Vaccination in the Punjab 1883-1896 - 1883-1896
Year: 1883
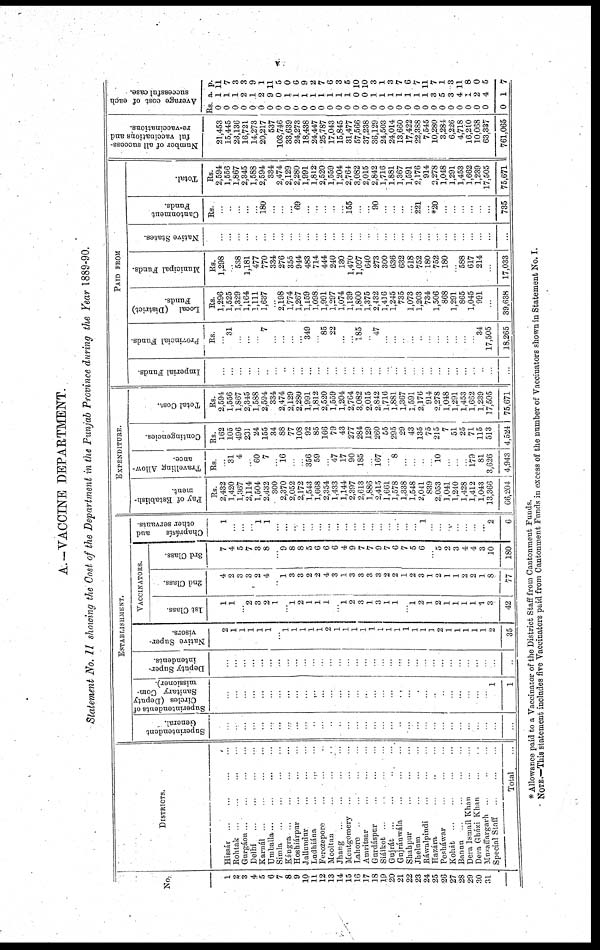
v
A.—VACCINE DEPARTMENT.
Statement No. 11 showing the Cost of the Department in the Punjab Province during the Year 1889-90.
No.
1
2
3
4
5
6
7
8
9
10
11
12
13
14
15
16
17
18
19
20
21
22
23
24
25
26
27
28
29
30
31
DISTRICTS.
Hissár ... ... ... ...
Rohtak ... ... ... ...
Gurgáon ... ... ... ...
Delhi ... ... ... ...
Karnál ... ... ... ...
Umballa... ... ... ...
Simla ... ... ... ...
Kángra ... ... ... ...
Hoshiárpur ... ... ...
Jallundur
...
...
...
Ludhiána ... ... ...
Ferozepore ... ... ...
Mooltan ... ... ...
Jhang ... ... ... ...
Montgomery ... ... ...
Lahore ... ... ...
Amritsar ... ... ...
Gnrdáspur ... ... ...
Siálkot ... ... ...
Gujrát ... ... ...
Gujránwála ... ... ...
Shahpur
...
...
...
Jhelum ... ... ...
Ráwalpindi ... ... ...
Hazára ... ... ...
Pesháwar ... ... ...
Kohát ... ... ...
Bannu ... ... ...
Dera Ismail Khan ... ...
Dera Gházi Khan ... ...
Muzaffargarh ... ... ...
Special Staff ... ...
Total ...
ESTABLISHMENT.
Superintendent
General.
...
...
...
...
...
...
...
...
...
...
...
...
...
...
...
...
...
...
...
...
...
...
...
...
...
...
...
...
...
...
...
...
...
Superintendents of
Circles (Deputy
Sanitary Com-
missioner).
...
...
...
...
...
...
...
...
...
...
...
...
...
...
...
...
...
...
...
...
...
...
...
...
...
...
...
...
...
...
...
1
1
Deputy Super-
intendents.
...
...
...
...
...
...
...
...
...
...
...
...
...
...
...
...
...
...
...
...
...
...
...
...
...
...
...
...
...
...
...
...
...
Native Super-
visors.
2
1
1
1
1
1
...
1
1
1
1
1
2
1
1
1
1
1
1
1
1
1
1
1
1
2
1
1
1
1
1
2
35
VACCINATORS.
1st Class.
1
1
...
2
3
2
1
...
1
2
1
1
1
...
1
2
3
1
3
1
1
...
1
...
1
2
1
1
1
1
1
3
42
2nd Class.
4
2
3
3
2
4
...
1
3
3
2
2
4
3
1
3
3
3
3
2
2
1
2
3
1
2
1
1
2
2
1
8
77
3rd Class
7
4
5
7
3
8
...
9
8
8
5
6
6
6
4
9
7
7
9
7
6
7
5
6
...
5
2
3
4
4
3
10
180
Chaprásís
and
other servants
1
...
...
...
1
1
...
...
...
...
...
...
...
...
...
...
...
...
...
...
...
...
...
1
...
...
...
...
...
...
...
2
6
EXPENDITURE.
Pay of Establish-
ment.
Rs
2,432
1,420
1,367
2,114
1,504
2,432
300
2,370
2,052
2,172
1,543
1,668
2,354
1,433
1,144
2,397
2,613
1,886
2,415
1,661
1,578
1,338
1,548
2,041
839
2,053
1,041
1,240
1,428
1,412
1,043
13,366
66,204
Travelling Allow-
ance.
Rs.
...
31
4
...
60
7
...
16
...
...
356
59
...
47
17
90
185
...
167
...
8
...
...
...
...
10
...
...
...
179
81
3,626
4,943
Contingencies.
Rs.
162
105
496
231
24
155
34
88
77
108
92
85
166
79
43
277
284
129
260
55
295
29
43
135
75
215
7
51
25
71
115
513
4,524
Total Cost.
Rs.
2,594
1,556
1,867
2,345
1,588
2,594
334
2,474
2,129
2,280
1,991
1,812
2,520
1,559
1,204
2,764
3,082
2,015
2,842
1,716
1,881
1,367
1,591
2,176
914
2,278
1,048
1,291
1,453
1,662
1,239
17,505
75,671
PAID FROM
Imperial Funds
...
...
...
...
...
...
...
...
...
...
...
...
...
...
...
...
...
...
...
...
...
...
...
...
...
...
...
...
...
...
...
...
...
Provincial Funds.
Rs.
...
31
...
...
...
7
...
...
...
...
349
...
85
22
...
...
185
...
47
...
...
...
...
...
...
...
...
...
...
...
34
17,505
18,265
Local (District)
Funds.
Rs.
1,296
1,525
1,329
1,164
1,111
1,637
...
2,198
1,774
1,267
1,159
1,098
1,991
1,297
1,074
1,139
1,800
1,375
2,432
1,416
1,245
735
1,073
1,203
734
1,506
868
1,291
865
1,045
991
...
39,638
Municipal Funds.
Rs.
1,298
...
538
1,181
477
770
334
276
355
944
483
714
444
240
130
1,470
1,097
640
273
300
636
632
518
752
180
752
180
...
588
617
214
...
17,033
Native States.
...
...
...
...
...
...
...
...
...
...
...
...
...
...
...
...
...
...
...
...
...
...
...
...
...
...
...
...
...
...
...
...
...
Cantonment
Funds.
Rs.
...
...
...
...
...
180
...
...
...
69
...
...
...
...
...
155
...
...
90
...
...
...
...
221
...
*20
...
...
...
...
...
...
735
Total.
Rs.
2,594
1,556
1,867
2,345
1,588
2,594
334
2,474
2,129
2,280
1,991
1,812
2,520
1,559
1,204
2,764
3,082
2,015
2,842
1,716
1,881
1,367
1,591
2,176
914
2,278
1,048
1,291
1,453
1,662
1,239
17,505
75,671
Number of all success-
ful vaccinations and
re-vaccinations.
21,453
15,445
23,136
16,721
14,273
20,217
537
103,746
33,639
24,273
18,438
24,447
25,787
17,043
15,845
31,477
57,566
37,238
36,129
24,503
24,014
13,660
17,422
22,388
7,545
10,280
3,284
6,226
4,718
16,210
10,068
63,337
761,065
Average cost of each
successful case.
Rs.
0
0
0
0
0
0
0
0
0
0
0
0
0
0
0
0
0
0
0
0
0
0
0
0
0
0
0
0
0
0
0
0
0
a.
1
1
1
2
1
2
9
0
1
1
1
1
1
1
1
1
0
0
1
1
1
1
1
1
1
3
5
3
4
1
2
4
1
p.
11
7
3
3
9
1
11
5
0
6
9
2
7
6
3
5
10
10
3
1
3
7
6
7
11
7
1
3
11
8
0
5
7
* Allowance paid to a Vaccinator of the District Staff from Cantonment Funds.
NOTE.—This statement includes five Vaccinators paid from Cantonment Funds in excess of the number of Vaccinators shown in Statement No. I.